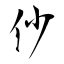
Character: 仯